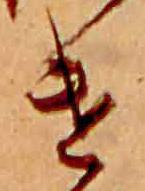
け